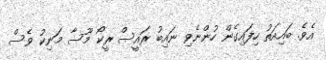
އެވެ. ބައިއަތު ހިފައިގެން ހުންނެވި ނައިބު ރައީސް ރީކޯ މޫސާ މަނިކު ވެސް